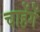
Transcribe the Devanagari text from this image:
चाहेंगें